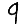
Digit: 9